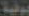
بوفية